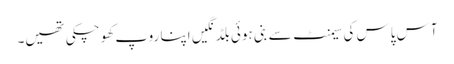
آس پاس کی سیمنٹ سے بنی ہوئی بلڈنگیں اپنا روپ کھو چکی تھیں۔